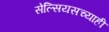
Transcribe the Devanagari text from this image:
सेल्सियसच्याही